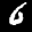
Label: 6